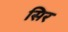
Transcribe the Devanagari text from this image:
सिर